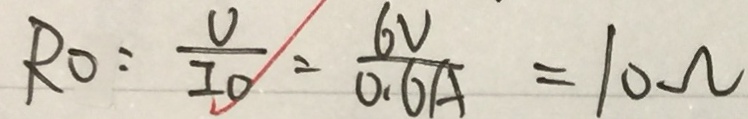
R _ { 0 } : \frac { U } { I _ { 0 } } = \frac { 6 V } { 0 . 6 A } = 1 0 \Omega